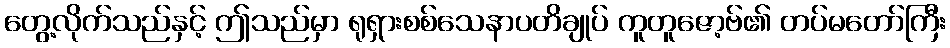
တွေ့လိုက်သည်နှင့် ဤသည်မှာ ရုရှားစစ်သေနာပတိချုပ် ကူတူဇော့ဗ်၏ တပ်မတော်ကြီး